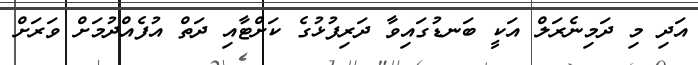
އަދި މި ދަމިނެރަލް އަކީ ބަނޑުގައިވާ ދަރިފުޅުގެ ކަށްޓާއި ދަތް އުފެއްދުމަށް ވަރަށް